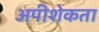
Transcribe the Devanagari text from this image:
अपीशेकता